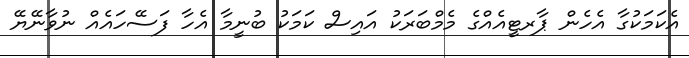
އެކަމަކުގާ އެހެން ޕާރޓީއެއްގެ މެމްބަރަކު އަައިސް ކަމަކު ބުނީމާ އެހާ ފަސޭހައެއް ނުވާނޭޔޭ